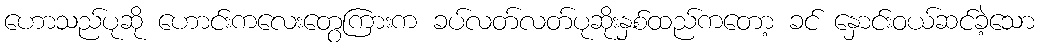
ဟောသည်ပုဆို ဟောင်းကလေးတွေကြားက ခပ်လတ်လတ်ပုဆိုးနှစ်ထည်ကတော့ ခင် နှောင်းဝယ်ဆင်ခဲ့သော